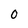
Character: 0